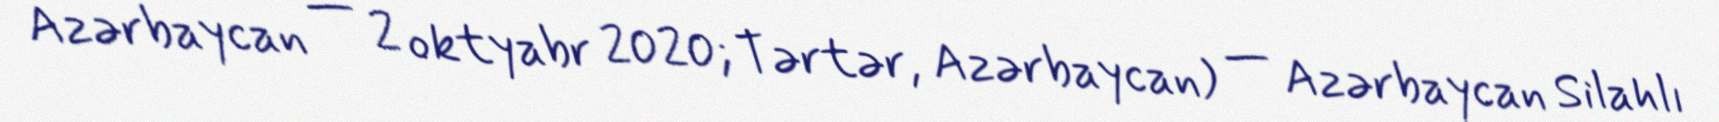
Azərbaycan — 2 oktyabr 2020; Tərtər, Azərbaycan) — Azərbaycan Silahlı